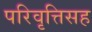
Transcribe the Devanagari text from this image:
परिवृत्तिसह